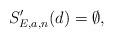
LaTeX: \begin{align*} S_{E,a,n}'(d) = \emptyset,\end{align*}